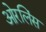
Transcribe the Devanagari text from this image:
ओरलिंस